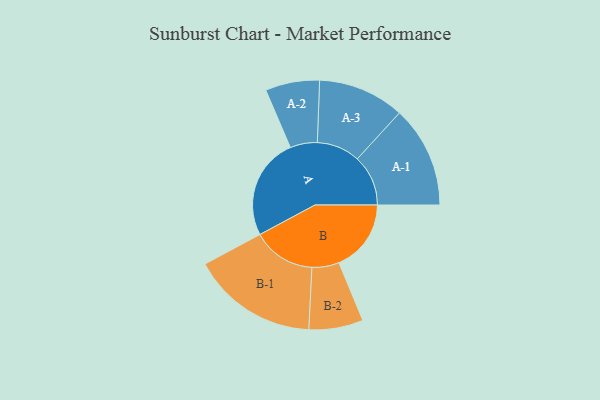
{"axis": {"x": "Segment", "y": "Value"}, "legend": ["", "A", "B"], "data": [{"x": "A", "y": 480, "type": ""}, {"x": "B", "y": 341, "type": ""}, {"x": "A-1", "y": 240, "type": "A"}, {"x": "A-2", "y": 128, "type": "A"}, {"x": "A-3", "y": 204, "type": "A"}, {"x": "B-1", "y": 298, "type": "B"}, {"x": "B-2", "y": 128, "type": "B"}]}